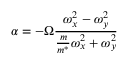
\alpha = - \Omega \frac { \omega _ { x } ^ { 2 } - \omega _ { y } ^ { 2 } } { \frac { m } { m ^ { * } } \omega _ { x } ^ { 2 } + \omega _ { y } ^ { 2 } }